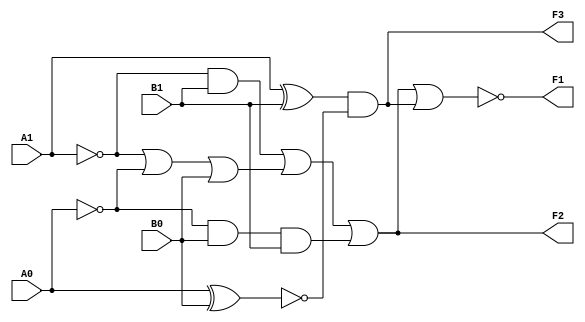
module Circuit_B(F1,F2,F3,A0,A1,B0,B1);
output F1,F2,F3;
input A0,A1,B0,B1;
wire w1,w2,w3,w4,w5,w6,w7;
nor (F1, F2, F3);         // 
or (F2, w1, w2, w3);      // 
and (F3, w4, w5);         // 
and (w1, w6, B1);         // 5
or (w2, w6, w7, B0);      // 6
and (w3, w7, B0, B1);     // 7
not (w6, A1);             // 1
not (w7, A0);             // 2
xor (w4, A1, B1);         // 3
xnor (w5, A0, B0);        // 4
endmodule